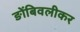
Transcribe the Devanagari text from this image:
ङोंबिवलीकर